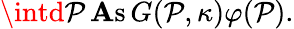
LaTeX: \intd\mathcal{P}\, \mathrm{{\mathbf{A}s}}\, G(\mathcal{P},\kappa)\varphi(\mathcal{P}).